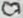
Text: C7